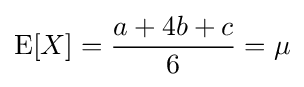
\operatorname {E} [X]={\frac {a+4b+c}{6}}=\mu